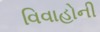
વિવાહોની